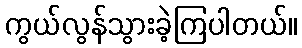
ကွယ်လွန်သွားခဲ့ကြပါတယ်။